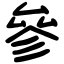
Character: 參